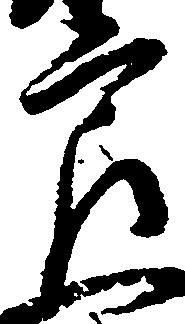
良